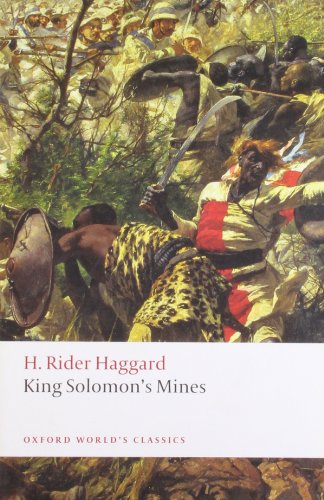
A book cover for King Solomon's Mines (Oxford World's Classics); H. Rider Haggard; Literature & Fiction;